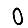
Digit: 0